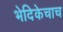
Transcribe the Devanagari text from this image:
भेदिकेचाच